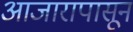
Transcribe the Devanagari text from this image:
आजारापासून